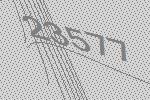
23577